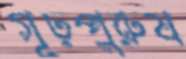
গূঢ়পুরুষ